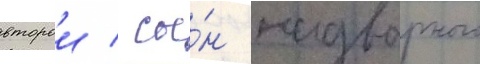
второи / сы́н надворного